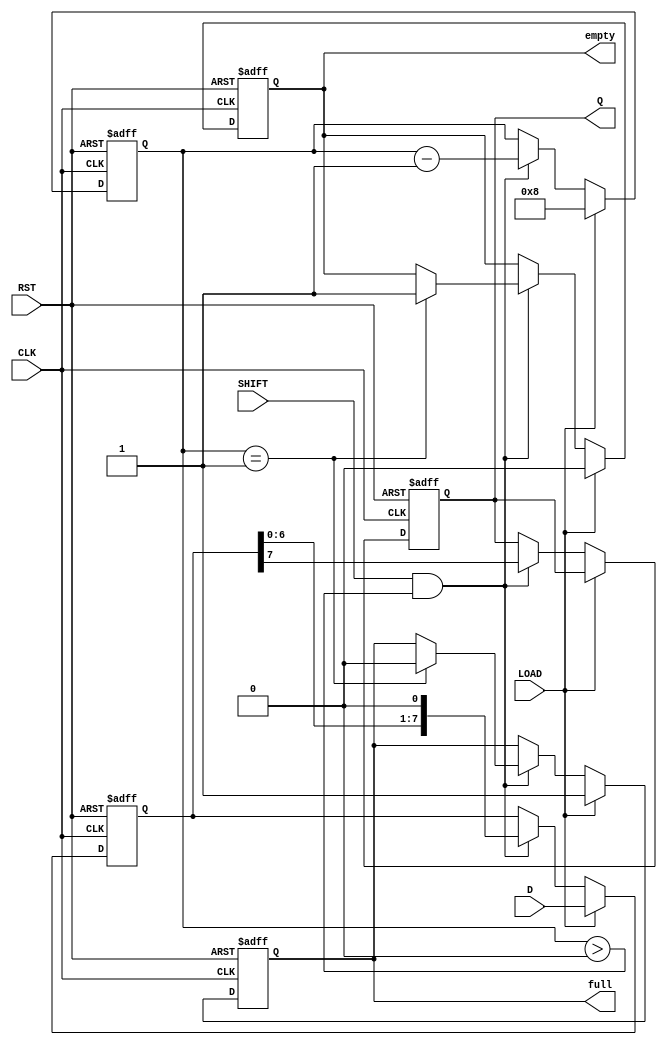
module PISO_Register #(
    parameter n = 8 // Parameter for the width of the data input
)(
    input wire [n-1:0] D,     // Parallel data input
    input wire SHIFT,          // Shift control signal
    input wire LOAD,           // Load control signal
    input wire CLK,            // Clock signal
    input wire RST,            // Asynchronous reset signal
    output reg Q,              // Serial output
    output reg full,           // Full indicator
    output reg empty           // Empty indicator
);

    reg [n-1:0] shift_reg;     // Internal shift register
    reg [3:0] count;           // Counter to track the number of bits shifted out

    // Asynchronous reset
    always @(posedge CLK or posedge RST) begin
        if (RST) begin
            shift_reg <= 0;     // Clear the shift register
            Q <= 0;             // Clear the output
            full <= 0;          // Clear full indicator
            empty <= 1;         // Set empty indicator
            count <= 0;         // Reset count
        end else begin
            if (LOAD) begin
                shift_reg <= D;  // Load data into the shift register
                full <= 1;       // Set full indicator
                empty <= 0;      // Clear empty indicator
                count <= n;      // Set count to the width of the register
            end else if (SHIFT && count > 0) begin
                Q <= shift_reg[n-1]; // Output the MSB
                shift_reg <= {shift_reg[n-2:0], 1'b0}; // Shift left
                count <= count - 1; // Decrement count
                if (count == 1) begin
                    full <= 0;      // Clear full indicator when empty
                    empty <= 1;     // Set empty indicator
                end
            end
        end
    end

endmodule